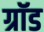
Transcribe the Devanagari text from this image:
ग्रॉड